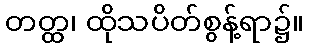
တတ္ထ၊ ထိုသပိတ်စွန့်ရာ၌။